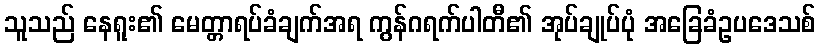
သူသည် နေရူး၏ မေတ္တာရပ်ခံချက်အရ ကွန်ဂရက်ပါတီ၏ အုပ်ချုပ်ပုံ အခြေခံဥပဒေသစ်